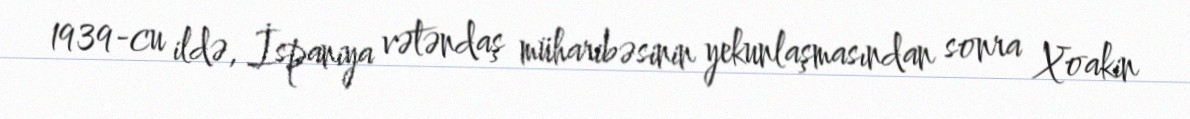
1939-cu ildə, İspaniya vətəndaş müharibəsinin yekunlaşmasından sonra Xoakin